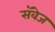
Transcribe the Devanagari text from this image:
सॅवेज